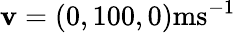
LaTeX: \textbf{v}=(0,100,0)\textrm{ms}^{-1}